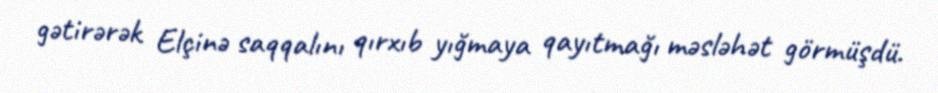
gətirərək Elçinə saqqalını qırxıb yığmaya qayıtmağı məsləhət görmüşdü.